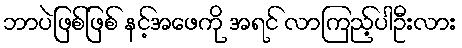
ဘာပဲဖြစ်ဖြစ် နင့်အဖေကို အရင် လာကြည့်ပါဦးလား